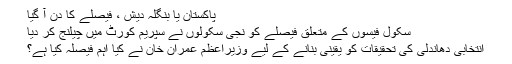
پاکستان یا بنگلہ دیش ، فیصلے کا دن آ گیا
سکول فیسوں کے متعلق فیصلے کو نجی سکولوں نے سپریم کورٹ میں چیلنج کر دیا
انتخابی دھاندلی کی تحقیقات کو یقینی بنانے کے لیے وزیراعظم عمران خان نے کیا اہم فیصلہ کیا ہے؟